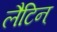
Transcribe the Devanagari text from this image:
लैटिन्